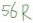
Text: 56R